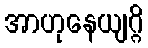
အာဟုနေယျဂ္ဂိ